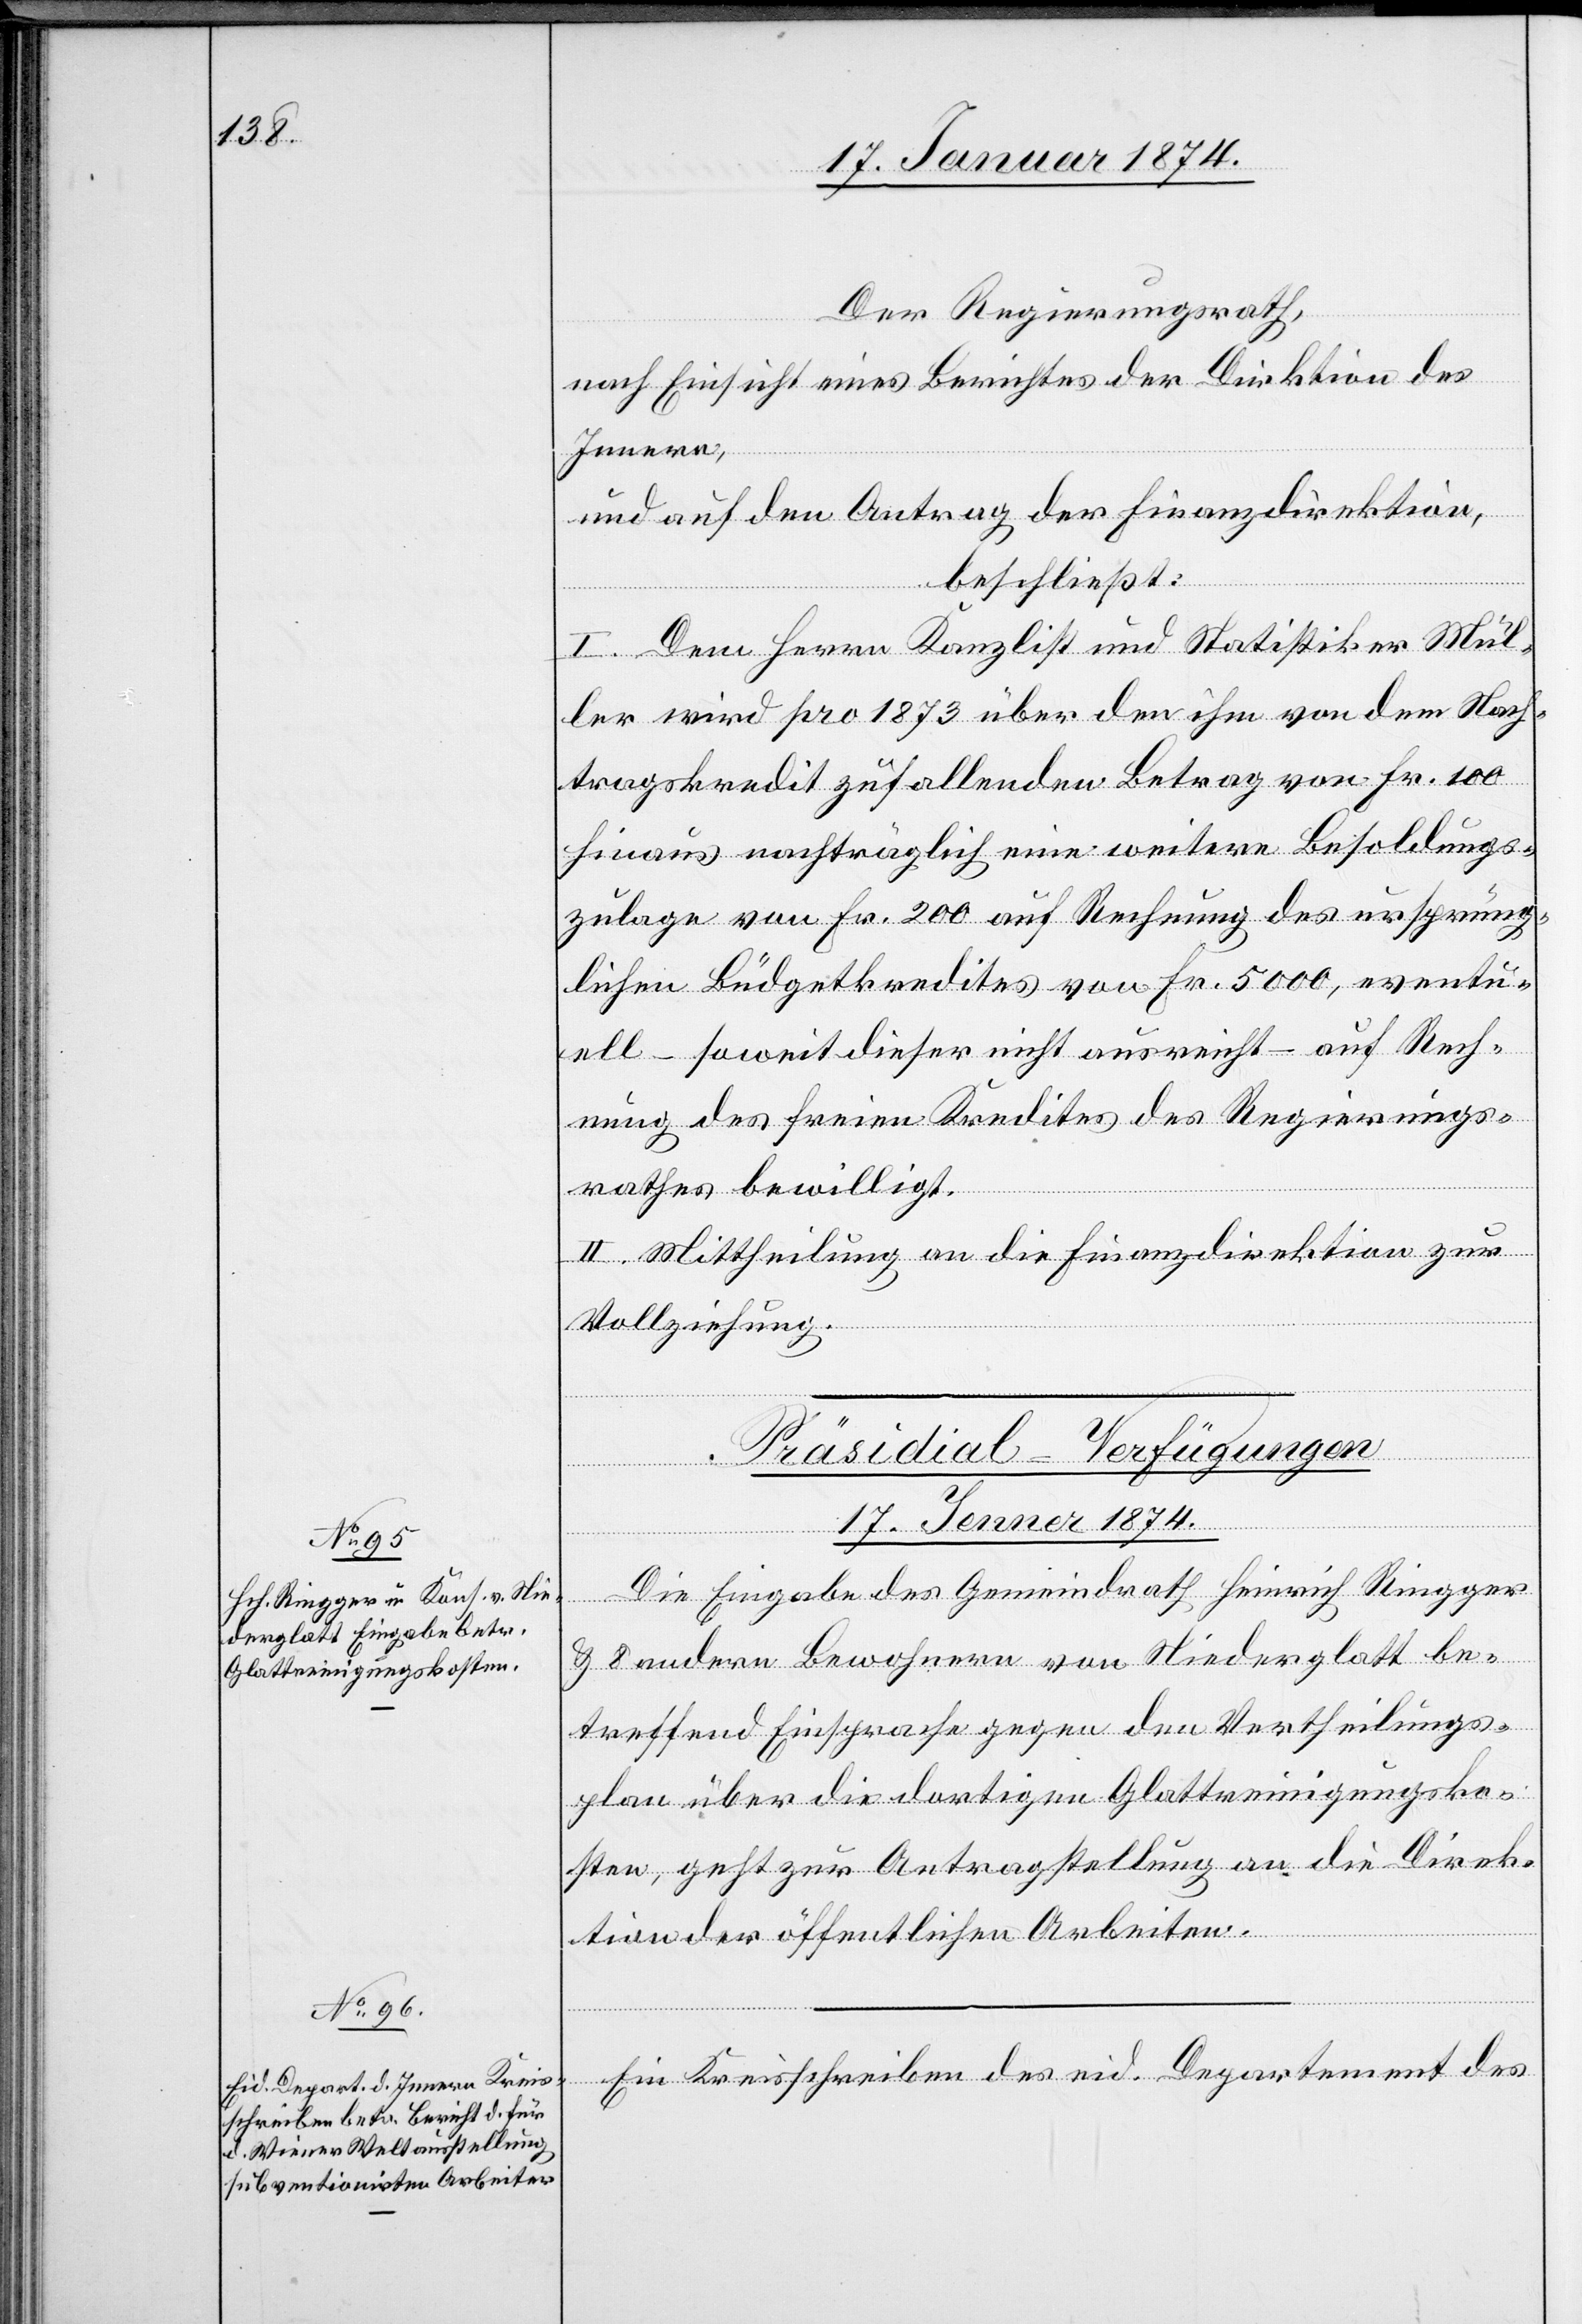
Der Regierungsrath,
nach Einsicht eines Antrages der Direktion des
Innern,
und auf den Antrag der Finanzdirektion,
beschließt:
I. Dem Herrn Kanzlist und Statistiker Mül¬
ler wird pro 1873 über den ihm von dem Nach¬
tragskredit zufallenden Betrag von Fr. 100
hinaus nachträglich eine weitere Besoldungs¬
zulage von Fr. 200 auf Rechnung des ursprüng¬
lichen Büdgetkredites von Fr. 5000, eventu¬
ell – soweit dieser nicht ausreicht – auf Rech¬
nung des freien Kredites des Regierungs¬
rathes bewilligt.
II. Mittheilung an die Finanzdirektion zur
Vollziehung.
[Präsidial-Verfügungen.
17. Jenner 1874.]
Die Eingabe des Gemeindrath Heinrich Ringger
& 8 andren Bewohnern von Niederglatt be¬
treffend Einsprache gegen den Vertheilungs¬
plan über die dortigen Glattreinigungsko¬
sten, geht zur Antragstellung an die Direk¬
tion der öffentlichen Arbeiten.
Ein Kreisschreiben des eid. Departement des